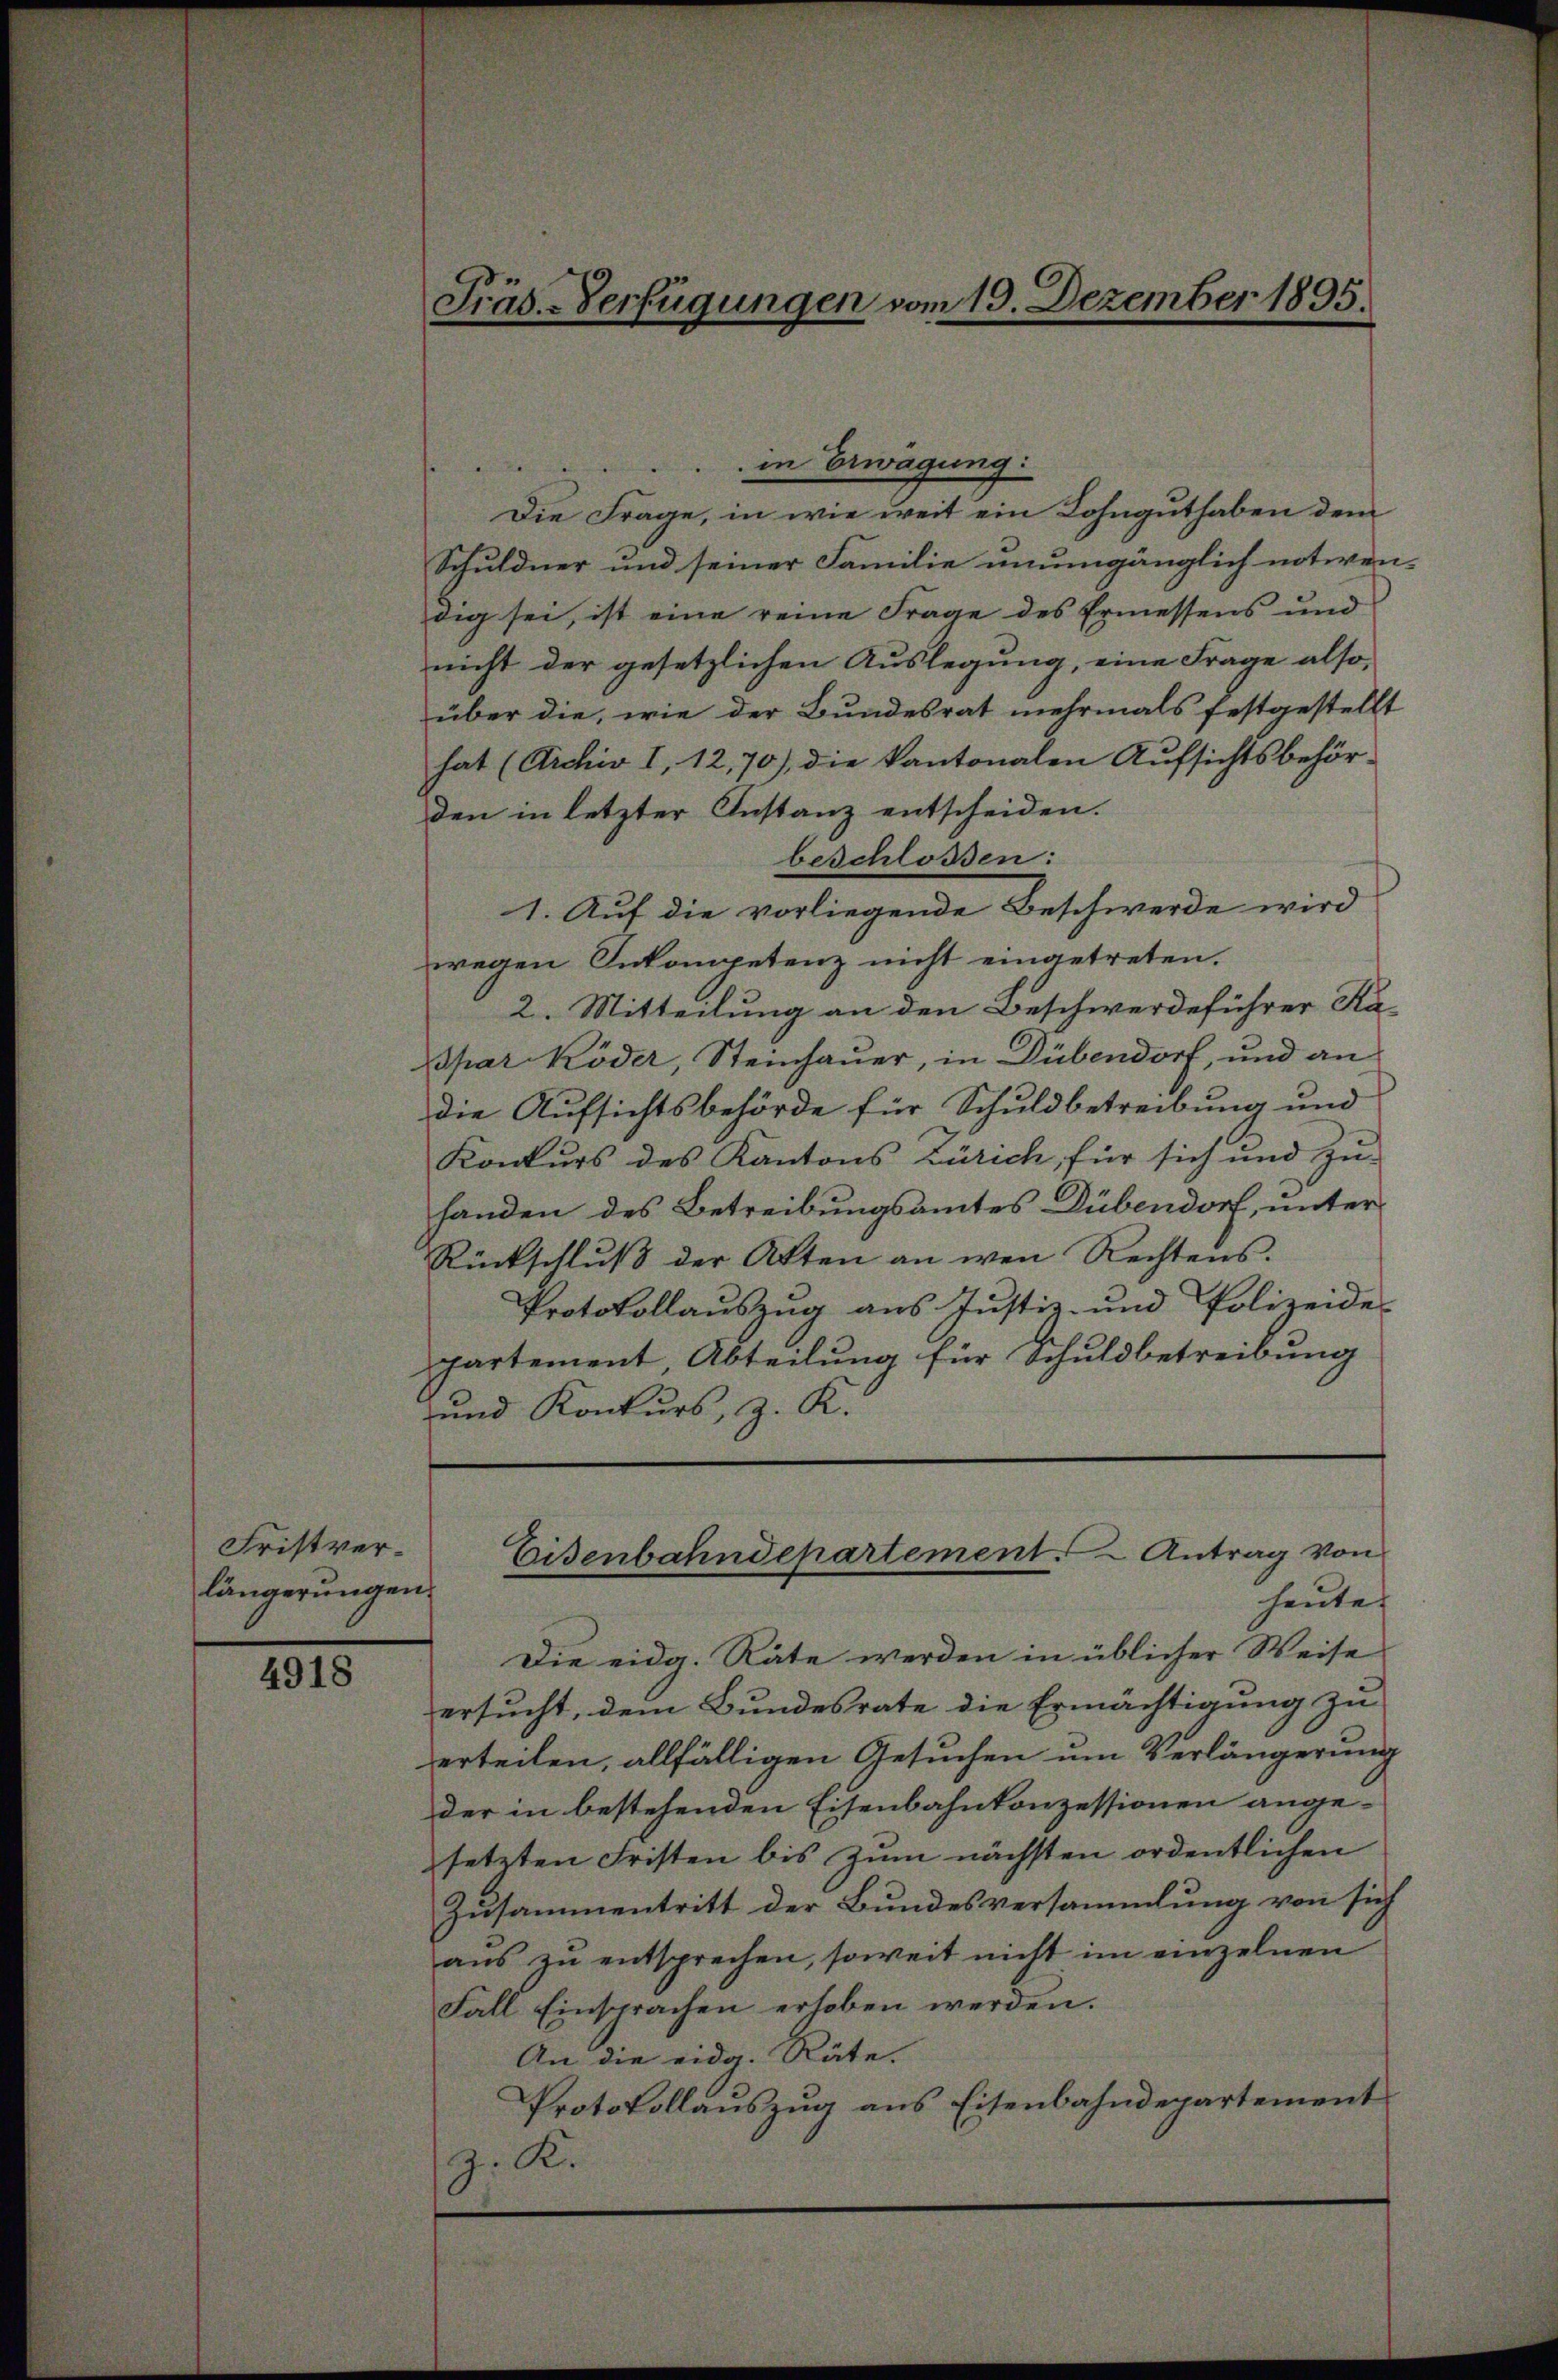
Fristverlängerungen.

4918

in Erwägung:
Die Frage, in wie weit ein Lohnguthaben dem
Schuldner und seiner Familie unumgänglich notwen-
dig sei, ist eine reine Frage des Ermessens und
nicht der gesetzlichen Auslegung, eine Frage also,
über die, wie der Bundesrat mehrmals festgestellt
hat (Archiv I, 12,70), die kantonalen Aufsichtsbehör-
den in letzter Instanz entscheiden.
beschlossen:
1. Auf die vorliegende Beschwerde wird
wegen Inkompetenz nicht eingetreten.
2. Mitteilung an den Beschwerdeführer Ka
spar Köder, Steinhauer, in Dübendorf, und an
die Aufsichtsbehörde für Schuldbetreibung und
Konkurs des Kantons Zürich, für sich und zu-
handen des Betreibungsamtes Dübendorf, unter
Rückschluß der Akten an wen Rechtens.
Protokollauszug aus Justiz- und Polizeide
partement, Abteilung für Schuldbetreibung
und Konkurs, z. K.

Präs.-Verfügungen vom 19. Dezember 1895.

Die eidg. Räte werden in üblicher Weise
ersucht, dem Bundesrate die Ermächtigung zu
erteilen, allfälligen Gesuchen um Verlängerung
der in bestehenden Eisenbahnkonzessionen angesetzten Fristen bis zŭm nächsten ordentlichen
Zusammentritt der Bundesversammlung von sich
aus zu entsprechen, soweit nicht im einzelnen
Fall Einsprachen erloben werden.
An die eidg. Räte.
Protokollauszug aus Eisenbahndepartement
z. K.

Eisenbahndepartement Antrag von
heute